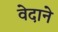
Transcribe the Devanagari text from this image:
वेदाने